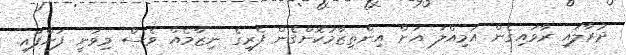
ދުރާލައި ރާވައިގެން އަމިއްލަ އަށް އިންތިޒާމުކޮށްގެން ފެރީގެ ނިޒާމެއް ވެސް މިވަނީ ފަށާފައި.